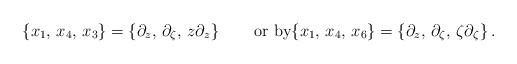
LaTeX: \begin{align*} \{x_1,\,x_4,\,x_3\}=\left\{\partial_z,\,\partial_\zeta,\,z\partial_z\right\} \qquad\mbox{or by}\{x_1,\,x_4,\,x_6\}=\left\{\partial_z,\,\partial_\zeta,\,\zeta\partial_\zeta\right\}.\end{align*}